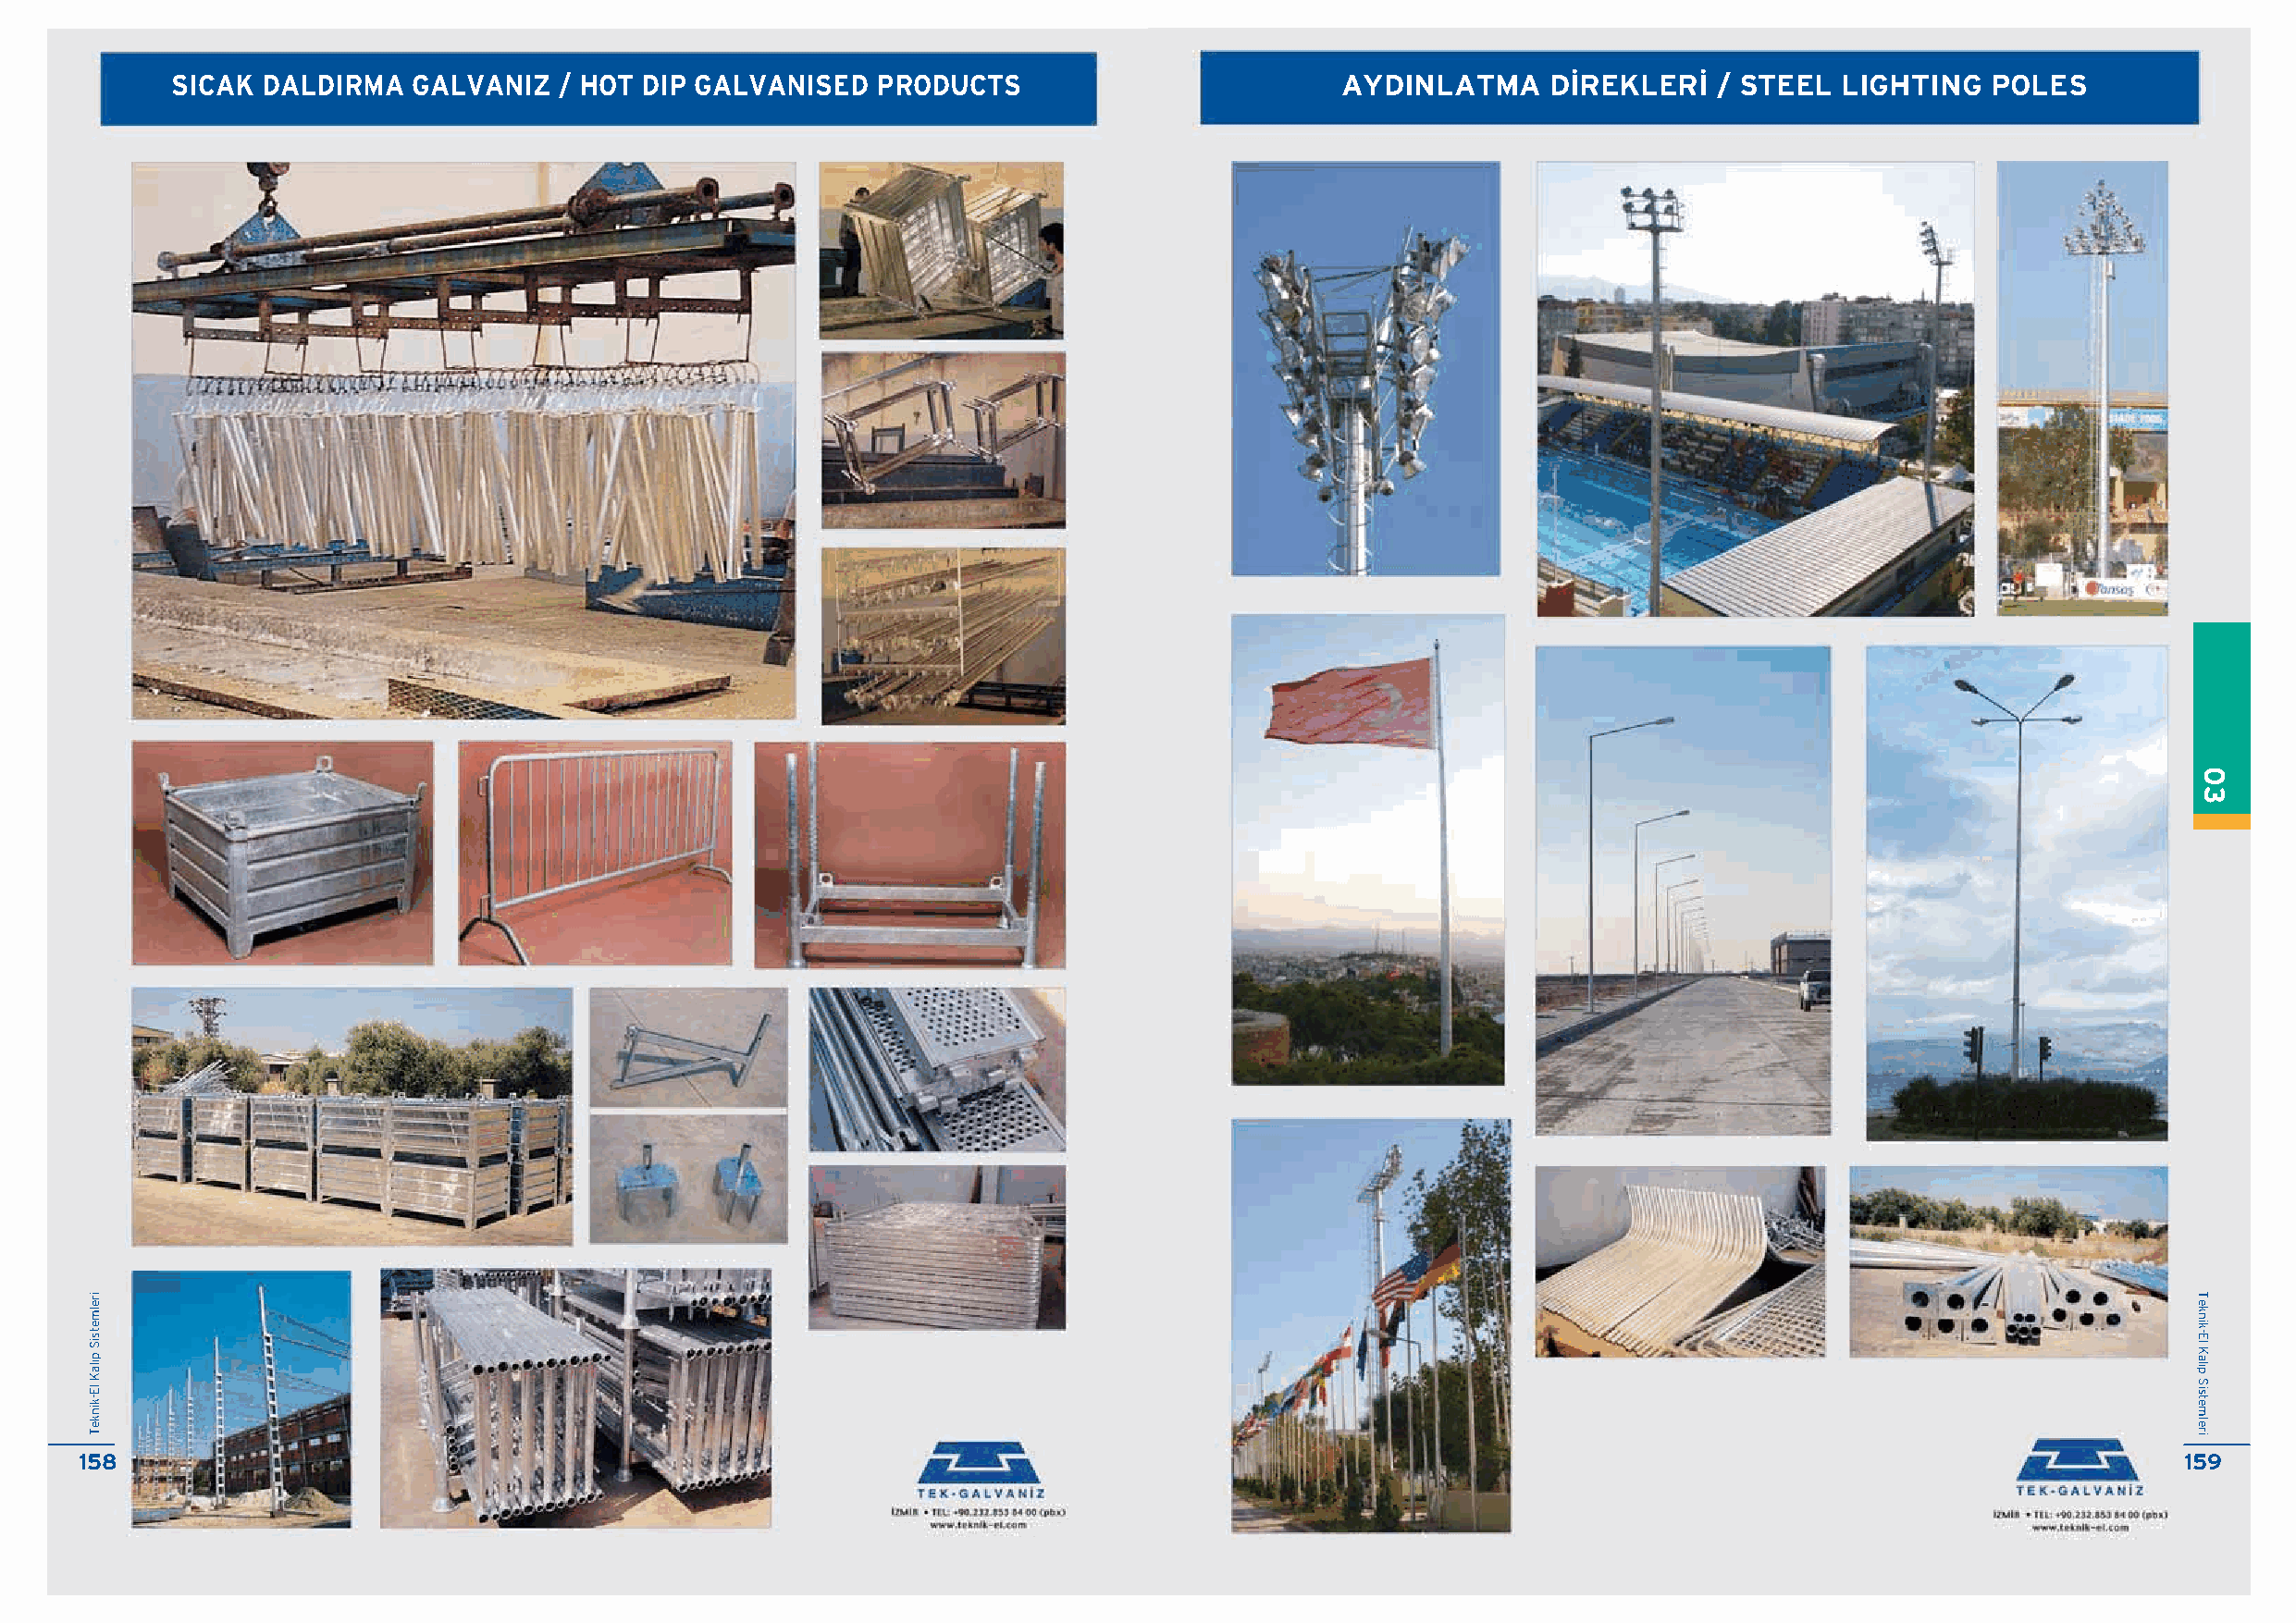
SICAK  DALDIRMA  GALVANIZ   / HOT DIP GALVANISED   PRODUCTS                         AYDINLATMA     D‹REKLER‹   / STEEL  LIGHTING  POLES
 1458                                                                                                                                                  1549
 irelmetsiS
 p›laK
 lE-kinkeT
 irelmetsiS
 p›laK
 lE-kinkeT
 0033
 Te
 Tk
 en
 kik
 n-
 ikE
 -l E K l a Kl›
 ap
 l ›S p i Sst
 ise
 tm emler
 lei
 ri